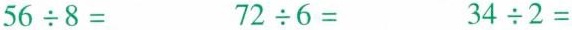
$$56\div 8=$$ $$72\div 6=$$ $$34\div 2=$$